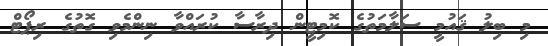
މި ބިލު ޤައުމީ ސަލާމަތުގެ ކޮމިޓީން ދިރާސާ ކުރައްވާ ނިންމެވި ގޮތުގެ ރިޕޯޓް